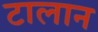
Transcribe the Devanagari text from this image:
टालान